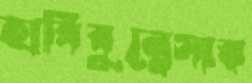
হাবিবুন্নেসার